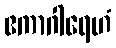
ဧကာဂါရေဟံ